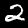
Digit: 2